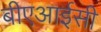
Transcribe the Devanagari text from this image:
बीएआईसी